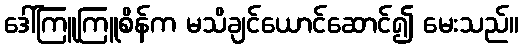
ဒေါ်ကြူကြူစိန်က မသိချင်ယောင်ဆောင်၍ မေးသည်။